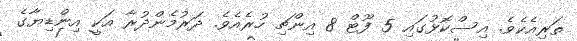
ތަރިއެކެވެ. އިސްކޮޅުގައި 5 ފޫޓް 8 އިންޗި ހުރެއެވެ. ދަރުމެންދުރާ އަކީ އިންޑިޔާގެ